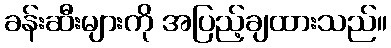
ခန်းဆီးများကို အပြည့်ချထားသည်။